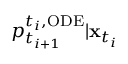
p _ { t _ { i + 1 } } ^ { t _ { i } , \mathrm { O D E } } | \mathbf { x } _ { t _ { i } }